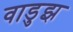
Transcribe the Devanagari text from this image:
वाडुझ